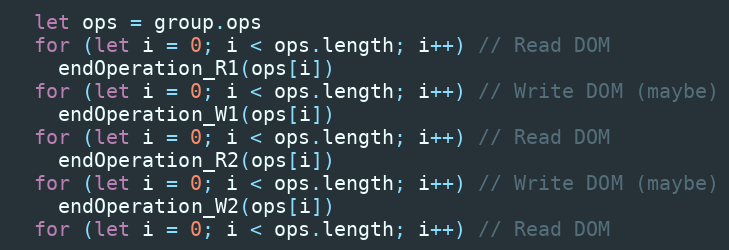
Language: JavaScript
  let ops = group.ops
  for (let i = 0; i < ops.length; i++) // Read DOM
    endOperation_R1(ops[i])
  for (let i = 0; i < ops.length; i++) // Write DOM (maybe)
    endOperation_W1(ops[i])
  for (let i = 0; i < ops.length; i++) // Read DOM
    endOperation_R2(ops[i])
  for (let i = 0; i < ops.length; i++) // Write DOM (maybe)
    endOperation_W2(ops[i])
  for (let i = 0; i < ops.length; i++) // Read DOM